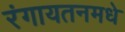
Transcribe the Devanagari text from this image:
रंगायतनमधे